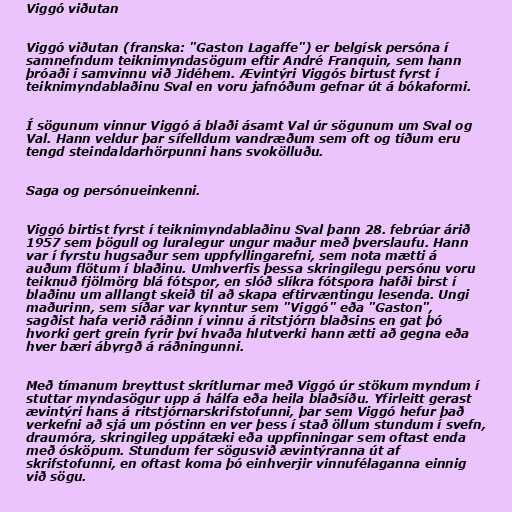
Viggó viðutan

Viggó viðutan (franska: "Gaston Lagaffe") er belgísk persóna í
samnefndum teiknimyndasögum eftir André Franquin, sem hann
þróaði í samvinnu við Jidéhem. Ævintýri Viggós birtust fyrst í
teiknimyndablaðinu Sval en voru jafnóðum gefnar út á bókaformi.

Í sögunum vinnur Viggó á blaði ásamt Val úr sögunum um Sval og
Val. Hann veldur þar sífelldum vandræðum sem oft og tíðum eru
tengd steindaldarhörpunni hans svokölluðu.

Saga og persónueinkenni.

Viggó birtist fyrst í teiknimyndablaðinu Sval þann 28. febrúar árið
1957 sem þögull og luralegur ungur maður með þverslaufu. Hann
var í fyrstu hugsaður sem uppfyllingarefni, sem nota mætti á
auðum flötum í blaðinu. Umhverfis þessa skringilegu persónu voru
teiknuð fjölmörg blá fótspor, en slóð slíkra fótspora hafði birst í
blaðinu um alllangt skeið til að skapa eftirvæntingu lesenda. Ungi
maðurinn, sem síðar var kynntur sem "Viggó" eða "Gaston",
sagðist hafa verið ráðinn í vinnu á ritstjórn blaðsins en gat þó
hvorki gert grein fyrir því hvaða hlutverki hann ætti að gegna eða
hver bæri ábyrgð á ráðningunni.

Með tímanum breyttust skrítlurnar með Viggó úr stökum myndum í
stuttar myndasögur upp á hálfa eða heila blaðsíðu. Yfirleitt gerast
ævintýri hans á ritstjórnarskrifstofunni, þar sem Viggó hefur það
verkefni að sjá um póstinn en ver þess í stað öllum stundum í svefn,
draumóra, skringileg uppátæki eða uppfinningar sem oftast enda
með ósköpum. Stundum fer sögusvið ævintýranna út af
skrifstofunni, en oftast koma þó einhverjir vinnufélaganna einnig
við sögu.